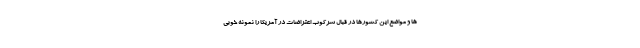
ها و مواضع این کشورها در قبال سرکوب اعتراضات در آمریکا را نمونه خوبی